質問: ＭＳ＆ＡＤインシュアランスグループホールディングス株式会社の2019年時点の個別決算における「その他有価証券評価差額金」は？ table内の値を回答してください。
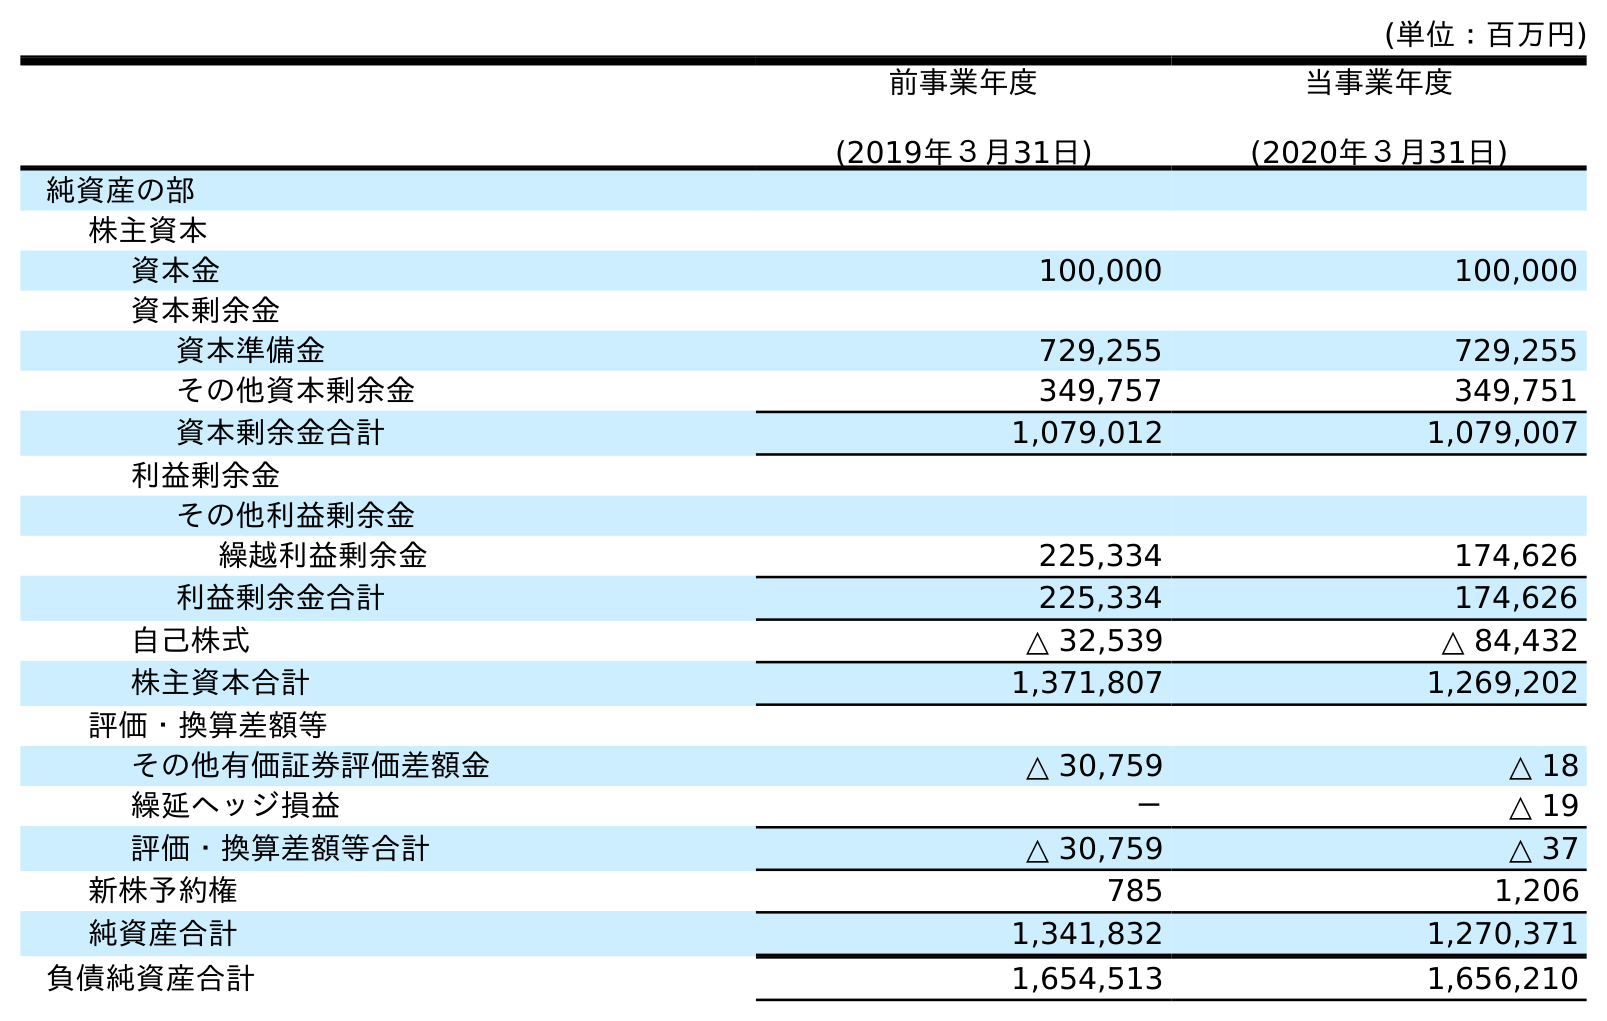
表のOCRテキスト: (単位：百万円) 前事業年度 (2019年３月31日) 当事業年度 (2020年３月31日) 純資産の部 株主資本 資本金 100,000 100,000 資本剰余金 資本準備金 729,255 729,255 その他資本剰余金 349,757 349,751 資本剰余金合計 1,079,012 1,079,007 利益剰余金 その他利益剰余金 繰越利益剰余金 225,334 174,626 利益剰余金合計 225,334 174,626 自己株式 △ 32,539 △ 84,432 株主資本合計 1,371,807 1,269,202 評価・換算差額等 その他有価証券評価差額金 △ 30,759 △ 18 繰延ヘッジ損益 － △ 19 評価・換算差額等合計 △ 30,759 △ 37 新株予約権 785 1,206 純資産合計 1,341,832 1,270,371 負債純資産合計 1,654,513 1,656,210
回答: △30,759